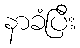
နာခံပြီး